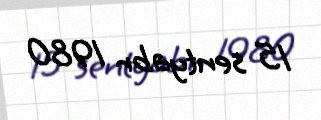
15 sentyabr 1980